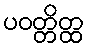
ပဝတ္တိတ္ထ